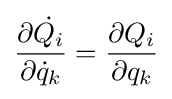
{\frac {\partial {\dot {Q_{i}}}}{\partial {\dot {q}}_{k}}}={\frac {\partial Q_{i}}{\partial q_{k}}}